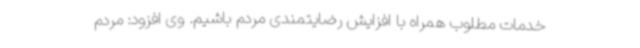
خدمات مطلوب همراه با افزایش رضایتمندی مردم باشیم. وی افزود: مردم